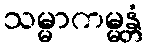
သမ္မာကမ္မန္တံ